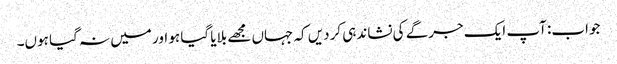
جواب: آپ ایک جرگے کی نشاندہی کردیں کہ جہاں مجھے بلایا گیا ہو اور میں نہ گیا ہوں۔